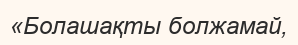
«Болашақты болжамай,